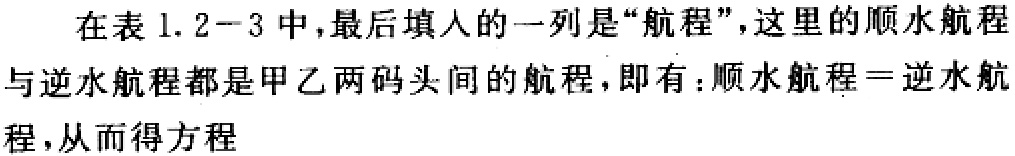
在表 1.2−3 中,最后填入的一列是“航程”,这里的顺水航程与逆水航程都是甲乙两码头间的航程,即有：顺水航程＝逆水航程,从而得方程